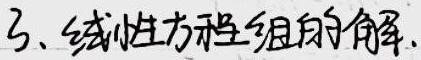
3、线性方程组的解.